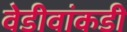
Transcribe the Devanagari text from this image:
वेडीवांकडी